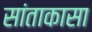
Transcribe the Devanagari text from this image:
सांताकासा